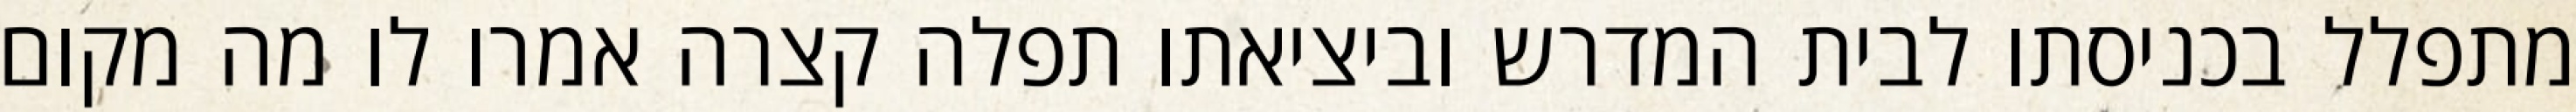
מתפלל בכניסתו לבית המדרש וביציאתו תפלה קצרה אמרו לו מה מקום